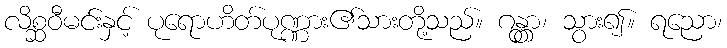
လိစ္ဆဝီမင်းနှင့် ပုရောဟိတ်ပုဏ္ဏား၏သားတို့သည်။ ဂန္တွာ၊ သွား၍။ ရညော၊